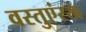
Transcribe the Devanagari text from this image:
वस्तुएंरख